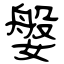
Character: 媻